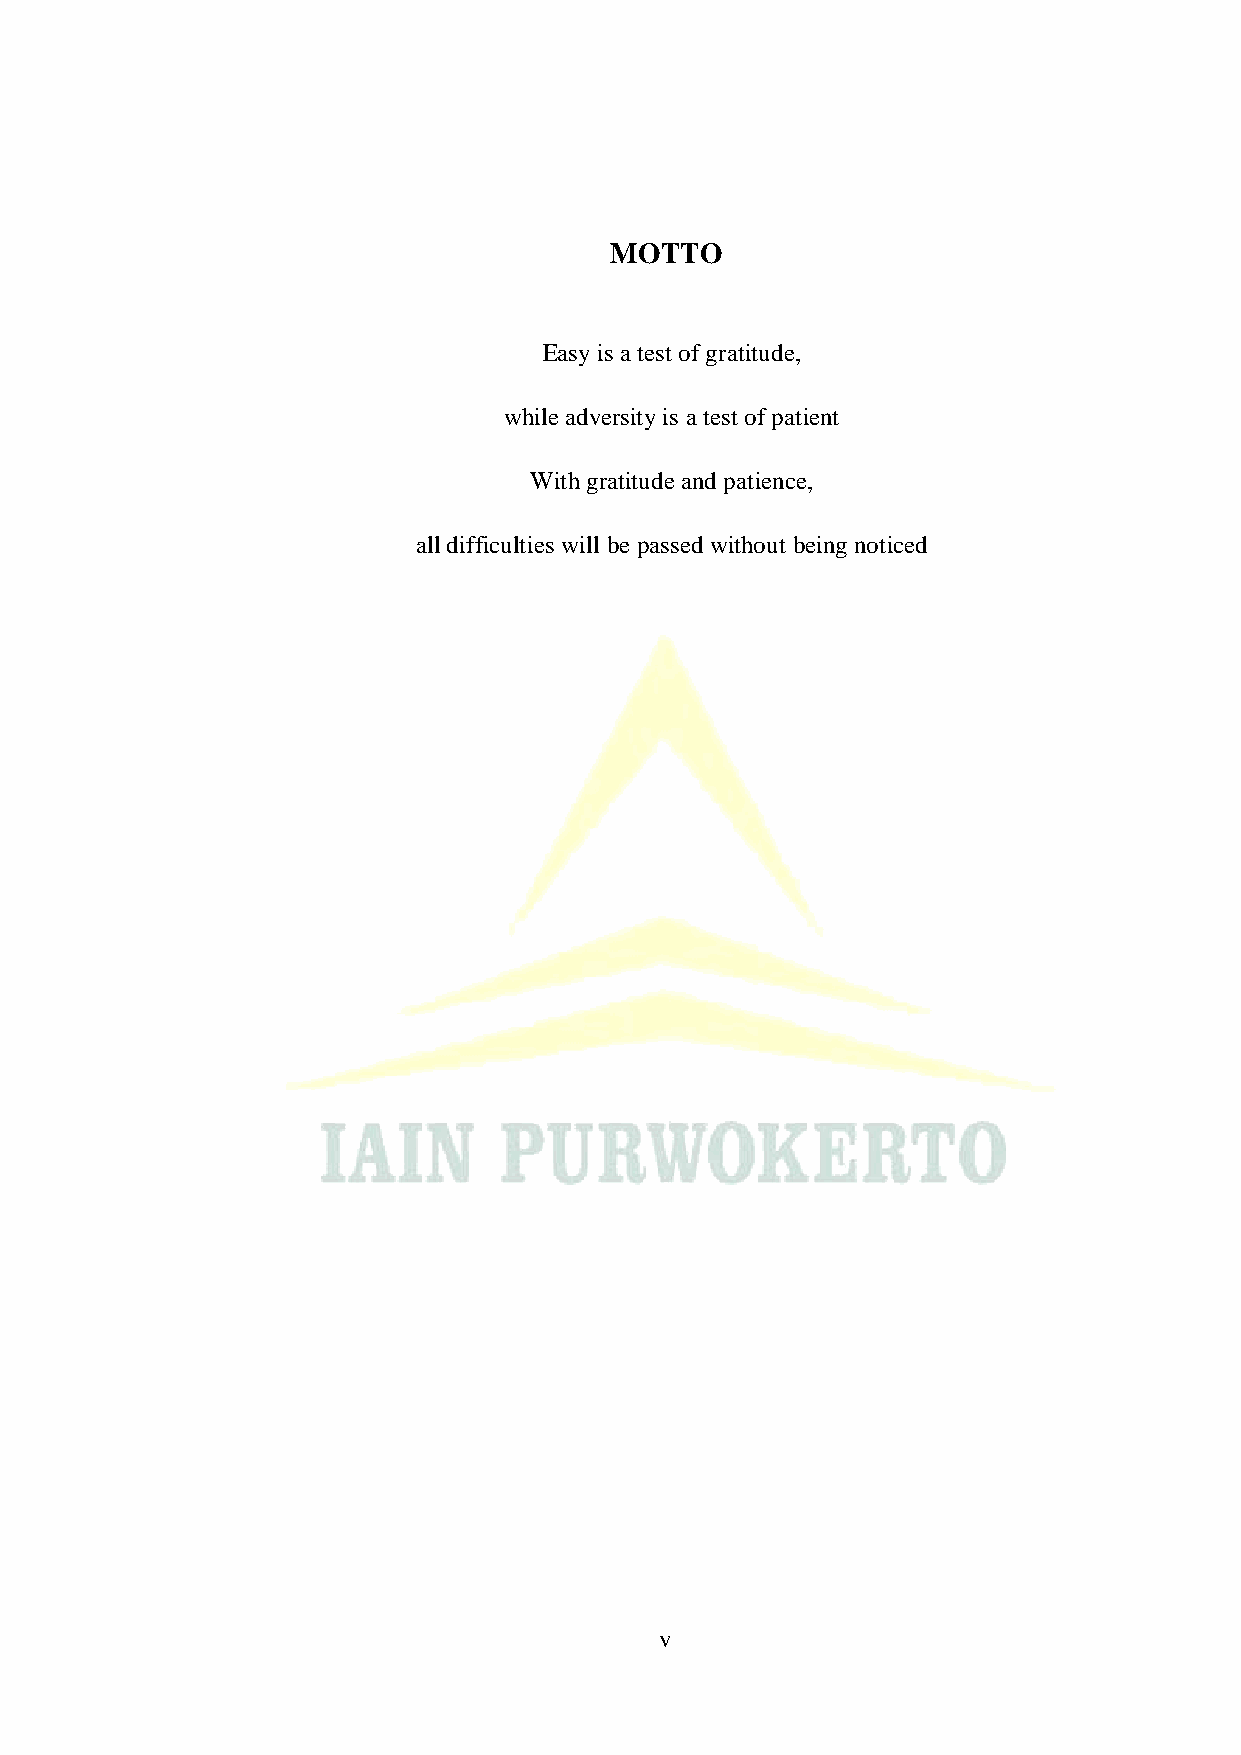
MOTTO
 Easy is a test of gratitude,
 while adversity is a test of patient
 With gratitude and patience,
 all difficulties will be passed without being noticed
 v